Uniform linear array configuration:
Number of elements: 32
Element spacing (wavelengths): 1
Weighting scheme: kaiser
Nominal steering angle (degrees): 15
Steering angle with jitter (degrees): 14.33
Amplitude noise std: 0.05
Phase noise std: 0.05

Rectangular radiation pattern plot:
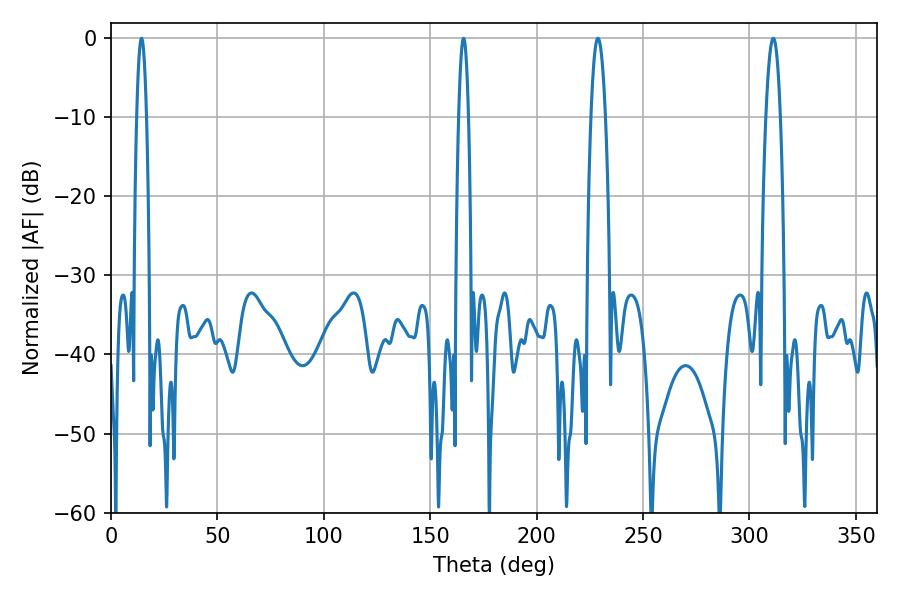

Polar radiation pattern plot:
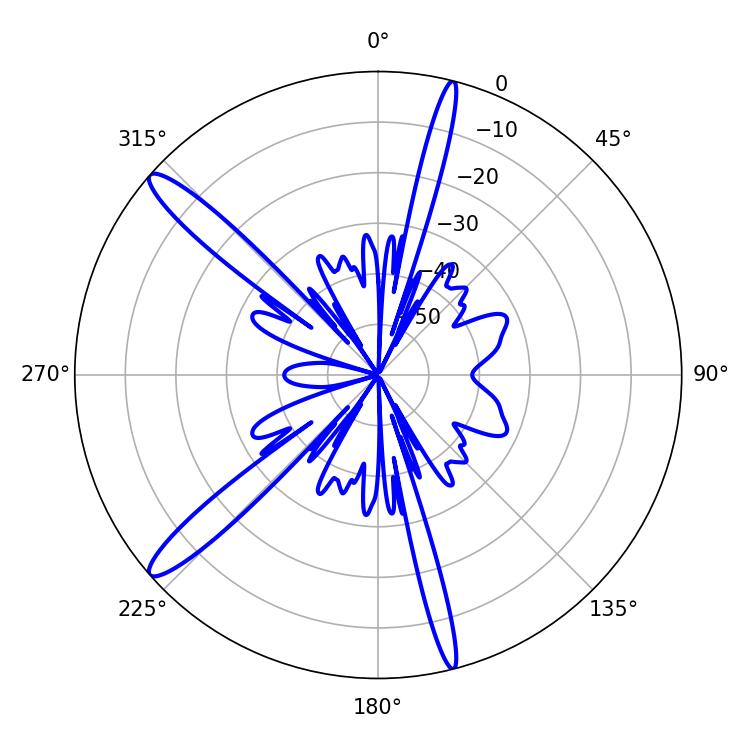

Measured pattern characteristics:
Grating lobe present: TRUE
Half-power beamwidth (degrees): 3.78
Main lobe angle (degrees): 228.78